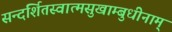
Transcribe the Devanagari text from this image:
सन्दर्शितस्वात्मसुखाम्बुधीनाम्